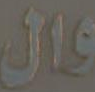
عمال